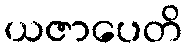
ယဇာပေတိ